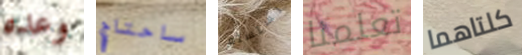
وعده ساحتاج نستسلم تعلمنا كلتاهما